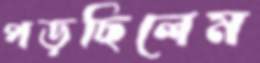
পড়ছিলেম